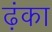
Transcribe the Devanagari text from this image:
ढ़ंका